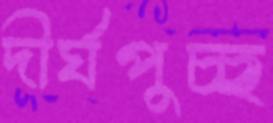
দীর্ঘপুচ্ছ